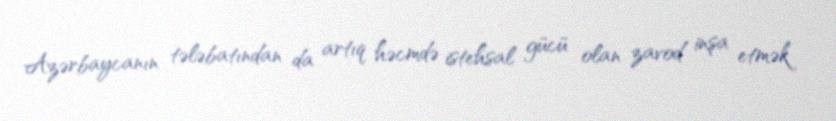
Azərbaycanın tələbatından da artıq həcmdə istehsal gücü olan zavod inşa etmək